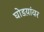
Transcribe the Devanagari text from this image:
घोडय़ांवर